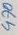
Text: 470